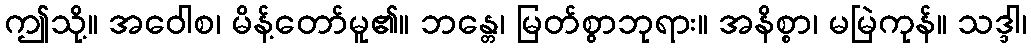
ဤသို့။ အဝေါစ၊ မိန့်တော်မူ၏။ ဘန္တေ၊ မြတ်စွာဘုရား။ အနိစ္စာ၊ မမြဲကုန်။ သဒ္ဒါ၊